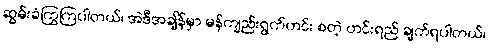
ဆွမ်းခံကြွကြပါတယ်၊ အဲဒီအချိန်မှာ မန်ကျည်းရွက်ဟင်း စတဲ့ ဟင်းရည် ချက်ရပါတယ်၊